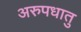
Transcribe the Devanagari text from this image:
अरुपधातु